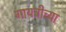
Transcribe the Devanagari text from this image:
गायत्रीच्या